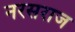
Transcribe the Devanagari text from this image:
नरसराज